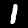
Label: 1